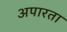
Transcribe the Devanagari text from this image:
अपारता